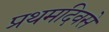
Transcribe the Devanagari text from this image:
प्रथमदिवसे